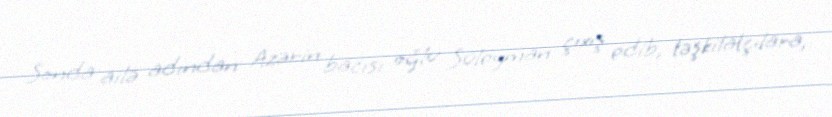
Sonda ailə adından Azərin bacısı oğlu Süleyman çıxış edib, təşkilatçılara,